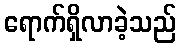
ရောက်ရှိလာခဲ့သည်